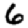
Digit: 6